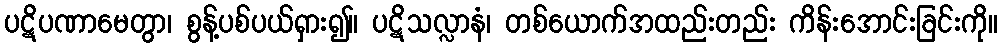
ပဋိပဏာမေတွာ၊ စွန့်ပစ်ပယ်ရှား၍။ ပဋိသလ္လာနံ၊ တစ်ယောက်အထည်းတည်း ကိန်းအောင်းခြင်းကို။